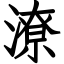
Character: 潦